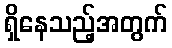
ရှိနေသည့်အတွက်